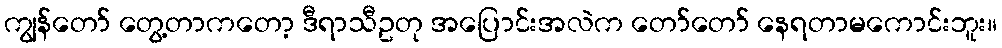
ကျွန်တော် တွေ့တာကတော့ ဒီရာသီဥတု အပြောင်းအလဲက တော်တော် နေရတာမကောင်းဘူး။